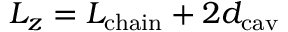
L _ { z } = L _ { \mathrm { c h a i n } } + 2 d _ { \mathrm { c a v } }